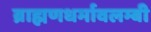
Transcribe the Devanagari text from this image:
ब्राह्मणधर्मावलम्बी